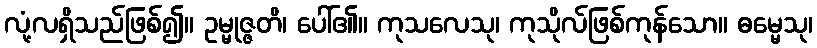
လုံ့လရှိသည်ဖြစ်၍။ ဥမ္မုဇ္ဇတိ၊ ပေါ်၏။ ကုသလေသု၊ ကုသိုလ်ဖြစ်ကုန်သော။ ဓမ္မေသု၊